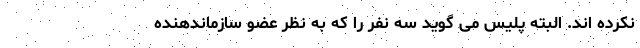
نکرده اند. البته پلیس می گوید سه نفر را که به نظر عضو سازماندهنده